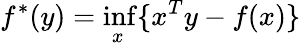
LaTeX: f^{*}(y)=\operatorname*{inf}_{x}\{ x^{T}y-f(x)\}